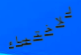
للاختباء